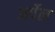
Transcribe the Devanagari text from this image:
अर्पेल